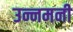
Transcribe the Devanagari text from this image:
उन्नमनी